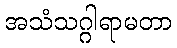
အသံသဂ္ဂါရာမတာ